Annual report of the Imperial Bacteriologist
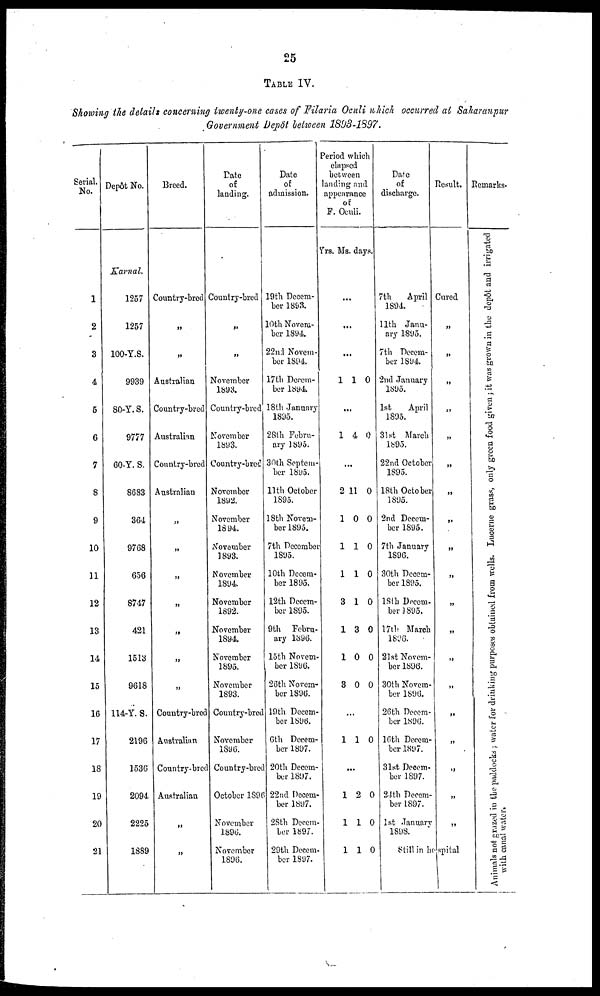
25
TABLE IV.
Showing the details concerning twenty-one cases of Filaria Oculi which occurred at Saharanpur
Government Depôt between 1893-1897.
Serial.
No.
1
2
3
4
5
6
7
8
9
10
11
12
13
14
15
16
17
18
19
20
21
Depôt No.
Karnal.
1257
1257
100-Y.S.
9939
80-Y.S.
9777
60-Y. S.
8683
364
9768
656
8747
421
1513
9618
114-Y. S.
2196
1536
2094
2225
1889
Breed.
Country-bred
„
„
Australian
Country-bred
Australian
Country-bred
Australian
„
„
„
„
„
„
„
Country-bred
Australian
Country-bred
Australian
„
„
Date
of
landing.
Country-bred
„
„
November
1893.
Country-bred
November
1893.
Country-bred
November
1892.
November
1894.
November
1893.
November
1894.
November
1892.
November
1894.
November
1895.
November
1893.
Country-bred
November
1896.
Country-bred
October 1896
November
1896.
November
1896.
Date
of
admission.
19th Decem-
ber 1893.
10th Novem-
ber 1894.
22nd Novem-
ber 1894.
17th Decem-
ber 1894
18 th January
1895.
28th Febru-
ary 1895.
30th Septem-
ber 1895.
11th October
1895.
18th Novem-
ber 1895.
7th December
1895.
10th Decem-
ber 1895.
12th Decem-
ber 1895.
9th Febru-
ary 1896.
15th Novem-
ber 1896.
26th Novem-
ber 1896.
19th Decem-
ber 1896.
6th Decem-
ber 1897.
20th Decem-
ber 1897.
22nd Decem-
ber 1897.
28th Decem-
ber 1897.
29th Decem-
ber 1897.
Period which
elapsed
between
landing and
appearance
of
F. Oculi.
Yrs. Ms. days.
...
...
...
1 1 0
...
1 4 0
...
2 11 0
1 0 0
1 1 0
1 1 0
3 1 0
1 3 0
1 0 0
3 0 0
...
1 1 0
...
1 2 0
1 1 0
1 1 0
Date
of
discharge.
7th
April
1894.
11th Janu-
ary 1895.
7th Decem-
ber 1894.
2nd January
1895.
1st
April
1895.
31st March
1895.
22nd October
1895.
18th October
1895.
2nd Decem-
ber 1895.
7th January
1896.
30th Decem-
ber 1895.
18th Decem-
ber 1895.
17th March
1896.
21st Novem-
ber 1896.
30th Novem-
ber 1896.
26th Decem-
ber 1896.
16th Decem-
ber 1897.
31st Decem-
ber 1897.
24th Decem-
ber 1897.
1st January
1898.
Result.
Cured
„
„
„
„
„
„
„
„
„
„
„
„
„
„
„
„
„
„
„
Still in hospital
Remarks.
Animals not grazed in the paddocks ; water for drinking purposes obtained from wells. Lucerne grass, only green food given ; it was grown in the depôt
and irrigated
with canal water.